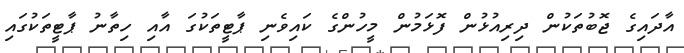
އާދައިގެ ޖޮބުތަކުން ދިރިއުޅުން ފޮޅަމުން މީހުންގެ ކައިވެނި ޕާޓީތަކުގަ އާއި ހިތާނު ޕާޓީތަކުގައި